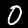
Digit: 0